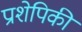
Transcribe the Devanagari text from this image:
प्राशेपिकी